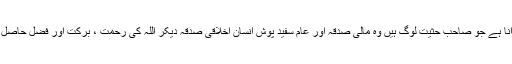
یہ کالم لکھنے کا مقصد اللہ پاک کی خاص نعمت صدقہ سے عوام الناس کو مستفید کروانا ہے جو صاحب حثیت لوگ ہیں وہ مالی صدقہ اور عام سفید پوش انسان اخلاقی صدقہ دیکر اللہ کی رحمت ، برکت اور فضل حاصل کر سکیں ، یااللہ پیارے محبوب کے صدقے ہمیں صدقہ ادا کرنے کی توفیق عطا فرما۔